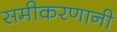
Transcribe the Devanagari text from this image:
समीकरणानी